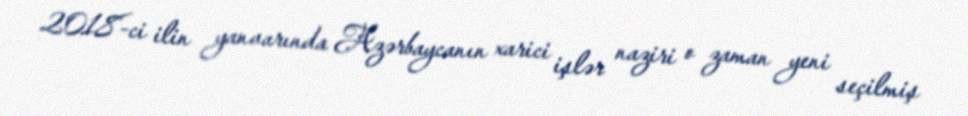
2018-ci ilin yanvarında Azərbaycanın xarici işlər naziri o zaman yeni seçilmiş